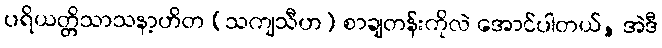
ပရိယတ္တိသာသနာ့ဟိတ (သကျသီဟ) စာချတန်းကိုလဲ အောင်ပါတယ်, အဲဒီ